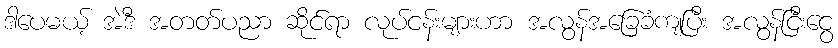
ဒါပေမယ့် အဲဒီ အတတ်ပညာ ဆိုင်ရာ လုပ်ငန်းများဟာ အလွန်အခြေခံကျပြီး အလွန်ငြီးငွေ